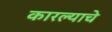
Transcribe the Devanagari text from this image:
कारल्याचे